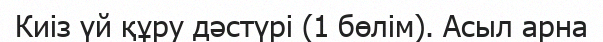
Киіз үй құру дәстүрі (1 бөлім). Асыл арна